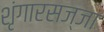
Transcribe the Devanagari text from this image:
शृंगारसज्जा